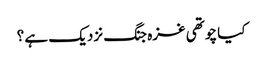
کیا چوتھی غزہ جنگ نزدیک ہے ؟